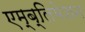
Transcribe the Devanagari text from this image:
एम्ब्लिमेशन